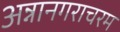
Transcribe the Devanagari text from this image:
अन्नानगराचरम